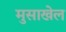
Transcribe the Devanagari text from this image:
मुसाखेल